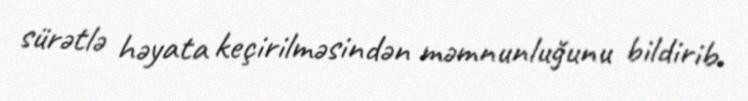
sürətlə həyata keçirilməsindən məmnunluğunu bildirib.